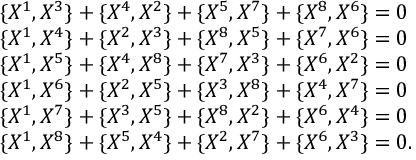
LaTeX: \begin{array} { l c r } { { \{ X ^ { 1 } , X ^ { 3 } \} + \{ X ^ { 4 } , X ^ { 2 } \} + \{ X ^ { 5 } , X ^ { 7 } \} + \{ X ^ { 8 } , X ^ { 6 } \} = 0 } } \\ { { \{ X ^ { 1 } , X ^ { 4 } \} + \{ X ^ { 2 } , X ^ { 3 } \} + \{ X ^ { 8 } , X ^ { 5 } \} + \{ X ^ { 7 } , X ^ { 6 } \} = 0 } } \\ { { \{ X ^ { 1 } , X ^ { 5 } \} + \{ X ^ { 4 } , X ^ { 8 } \} + \{ X ^ { 7 } , X ^ { 3 } \} + \{ X ^ { 6 } , X ^ { 2 } \} = 0 } } \\ { { \{ X ^ { 1 } , X ^ { 6 } \} + \{ X ^ { 2 } , X ^ { 5 } \} + \{ X ^ { 3 } , X ^ { 8 } \} + \{ X ^ { 4 } , X ^ { 7 } \} = 0 } } \\ { { \{ X ^ { 1 } , X ^ { 7 } \} + \{ X ^ { 3 } , X ^ { 5 } \} + \{ X ^ { 8 } , X ^ { 2 } \} + \{ X ^ { 6 } , X ^ { 4 } \} = 0 } } \\ { { \{ X ^ { 1 } , X ^ { 8 } \} + \{ X ^ { 5 } , X ^ { 4 } \} + \{ X ^ { 2 } , X ^ { 7 } \} + \{ X ^ { 6 } , X ^ { 3 } \} = 0 . } } \end{array}